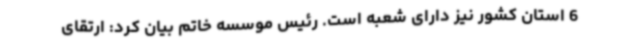
6 استان کشور نیز دارای شعبه است. رئیس موسسه خاتم بیان کرد: ارتقای